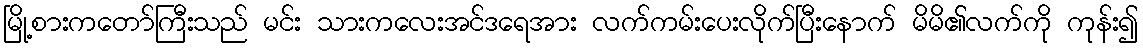
မြို့စားကတော်ကြီးသည် မင်း သားကလေးအင်ဒရေအား လက်ကမ်းပေးလိုက်ပြီးနောက် မိမိ၏လက်ကို ကုန်း၍